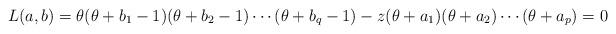
LaTeX: \begin{align*}L(a,b)= \theta(\theta+b_1-1)(\theta+b_2-1)\cdots(\theta+b_q-1)-z(\theta+a_1)(\theta+a_2)\cdots (\theta+a_p)=0\end{align*}